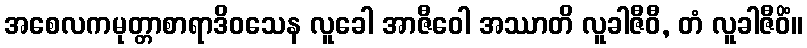
အစေလကမုတ္တာစာရာဒိဝသေန လူခေါ အာဇီဝေါ အဿာတိ လူခါဇီဝီ, တံ လူခါဇီဝိံ။